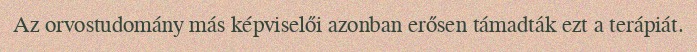
Az orvostudomány más képviselői azonban erősen támadták ezt a terápiát.